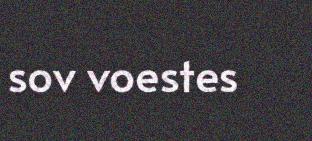
sov voestes